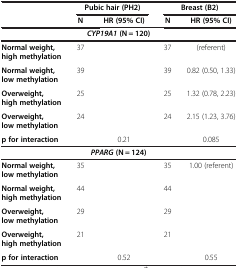
<table><thead><tr><td>[EMPTY_CELL]</td><td colspan="2"><b>Pubic hair (PH2)</b></td><td colspan="2"><b>Breast (B2)</b></td></tr><tr><td>[EMPTY_CELL]</td><td><b>N</b></td><td><b>HR (95% CI)</b></td><td><b>N</b></td><td><b>HR (95% CI)</b></td></tr></thead><tbody><tr><td colspan="5"><b><i>CYP19A1 </i></b><b>(N = 120)</b></td></tr><tr><td><b>Normal weight, high methylation</b></td><td>37</td><td>[EMPTY_CELL]</td><td>37</td><td>(referent)</td></tr><tr><td><b>Normal weight, low methylation</b></td><td>39</td><td>[EMPTY_CELL]</td><td>39</td><td>0.82 (0.50, 1.33)</td></tr><tr><td><b>Overweight, high methylation</b></td><td>25</td><td>[EMPTY_CELL]</td><td>25</td><td>1.32 (0.78, 2.23)</td></tr><tr><td><b>Overweight, low methylation</b></td><td>24</td><td>[EMPTY_CELL]</td><td>24</td><td>2.15 (1.23, 3.76)</td></tr><tr><td colspan="2"><b>p for interaction</b></td><td>0.21</td><td>[EMPTY_CELL]</td><td>0.085</td></tr><tr><td colspan="5"><b><i>PPARG </i></b><b>(N = 124)</b></td></tr><tr><td><b>Normal weight, low methylation</b></td><td>35</td><td>[EMPTY_CELL]</td><td>35</td><td>1.00 (referent)</td></tr><tr><td><b>Normal weight, high methylation</b></td><td>44</td><td>[EMPTY_CELL]</td><td>44</td><td>[EMPTY_CELL]</td></tr><tr><td><b>Overweight, low methylation</b></td><td>29</td><td>[EMPTY_CELL]</td><td>29</td><td>[EMPTY_CELL]</td></tr><tr><td><b>Overweight, high methylation</b></td><td>21</td><td>[EMPTY_CELL]</td><td>21</td><td>[EMPTY_CELL]</td></tr><tr><td colspan="2"><b>p for interaction</b></td><td>0.52</td><td>[EMPTY_CELL]</td><td>0.55</td></tr></tbody></table>